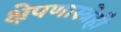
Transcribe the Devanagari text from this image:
क्षेपणास्त्रेही